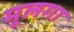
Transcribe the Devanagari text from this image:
मूलगा